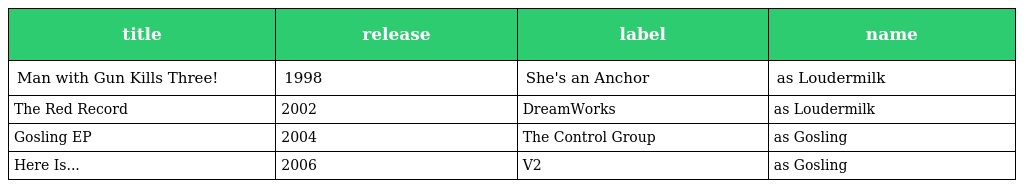
| title | release | label | name |
 | --- | --- | --- | --- |
 | Man with Gun Kills Three! | 1998 | She's an Anchor | as Loudermilk |
 | The Red Record | 2002 | DreamWorks | as Loudermilk |
 | Gosling EP | 2004 | The Control Group | as Gosling |
 | Here Is... | 2006 | V2 | as Gosling |